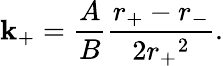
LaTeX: \mathbf{k}_{+}=\frac{{A}}{{B}}\frac{{r_{+}-r_{-}}}{{2{r_{+}}^{2}}}.